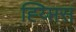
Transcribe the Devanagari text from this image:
ह्य्प्तिस